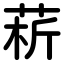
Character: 菥